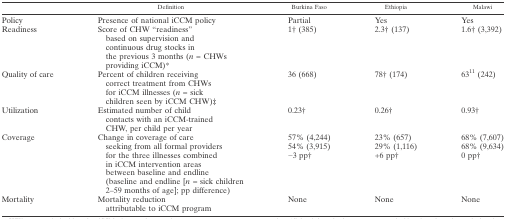
<table><thead><tr><td></td><td><b>Definition</b></td><td><b>Burkina Faso</b></td><td><b>Ethiopia</b></td><td><b>Malawi</b></td></tr></thead><tbody><tr><td>Policy</td><td>Presence of national iCCM policy</td><td>Partial</td><td>Yes</td><td>Yes</td></tr><tr><td>Readiness</td><td>Score of CHW “readiness” based on supervision and continuous drug stocks in the previous 3 months (<i>n</i> = CHWs providing iCCM)*</td><td>1† (385)</td><td>2.3† (137)</td><td>1.6† (3,392)</td></tr><tr><td>Quality of care</td><td>Percent of children receiving correct treatment from CHWs for iCCM illnesses (<i>n</i> = sick children seen by iCCM CHW)‡</td><td>36 (668)</td><td>78† (174)</td><td>6311 (242)</td></tr><tr><td>Utilization</td><td>Estimated number of child contacts with an iCCM-trained CHW, per child per year</td><td>0.23†</td><td>0.26†</td><td>0.93†</td></tr><tr><td rowspan="3">Coverage</td><td rowspan="3">Change in coverage of care seeking from all formal providers for the three illnesses combined in iCCM intervention areas between baseline and endline (baseline and endline [<i>n</i> = sick children 2–59 months of age]; pp difference)</td><td>57% (4,244)</td><td>23% (657)</td><td>68% (7,607)</td></tr><tr><td>54% (3,915)</td><td>29% (1,116)</td><td>68% (9,634)</td></tr><tr><td>−3 pp†</td><td>+6 pp†</td><td>0 pp†</td></tr><tr><td>Mortality</td><td>Mortality reduction attributable to iCCM program</td><td>None</td><td>None</td><td>None</td></tr></tbody></table>